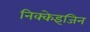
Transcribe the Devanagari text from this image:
निक्केइजिन